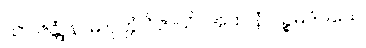
သာ ဇန္တုံ နာမ ပုတ္တံ ဝိဇာယိ။ အထ နံ ပဉ္စမဒိဝသေ